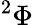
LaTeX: ^{2}\Phi